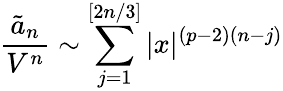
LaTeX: \frac{\tilde{a}_{n}}{V^{n}}\sim\sum_{j=1}^{[2n/3]}|x|^{(p-2)(n-j)}